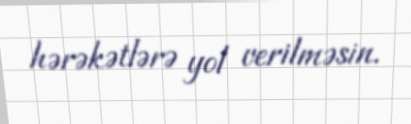
hərəkətlərə yol verilməsin.